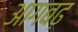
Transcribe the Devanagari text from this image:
आगबढ़